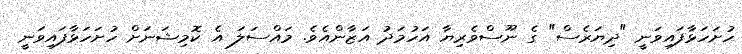
ހުށަހަޅާފައިވަނީ "ދިޔަރެސް" ގެ ނޫސްވެރިޔާ އަހުމަދު އަޒާންއެވެ. މައްސަލަ އެ ކޮމިޝަނަށް ހުށަހަޅާފައިވަނީ